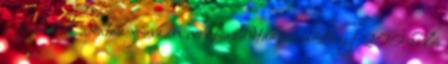
a filmbeli adatok jócskán meghaladták; a nőstényt 200 kiló